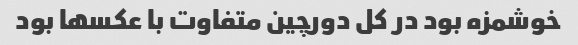
خوشمزه بود در کل دورچین متفاوت با عکسها بود